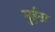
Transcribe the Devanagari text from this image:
मुईस्न